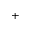
+